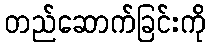
တည်ဆောက်ခြင်းကို